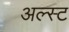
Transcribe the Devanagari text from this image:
अल्स्ट